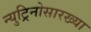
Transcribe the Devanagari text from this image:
न्युट्रिनोसारख्या